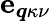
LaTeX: \boldsymbol{\mathrm{e}}_{\boldsymbol{q}\kappa\nu}